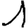
Digit: 1